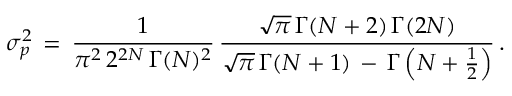
\begin{array} { l } { \displaystyle \sigma _ { p } ^ { 2 } \, = \, \frac { 1 } { \pi ^ { 2 } \, 2 ^ { 2 N } \, \Gamma ( N ) ^ { 2 } } \, \frac { \sqrt \pi \, \Gamma ( N + 2 ) \, { \Gamma ( 2 N ) } } { \sqrt \pi \, \Gamma ( N + 1 ) \, - \, { \Gamma \left( N + \frac 1 2 \right) } } \, . } \end{array}